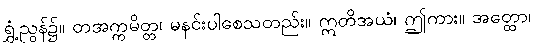
ရွှံ့ညွန်၌။ တအက္ကမိတ္တ၊ မနင်းပါစေသတည်း။ ဣတိအယံ၊ ဤကား။ အတ္ထော၊